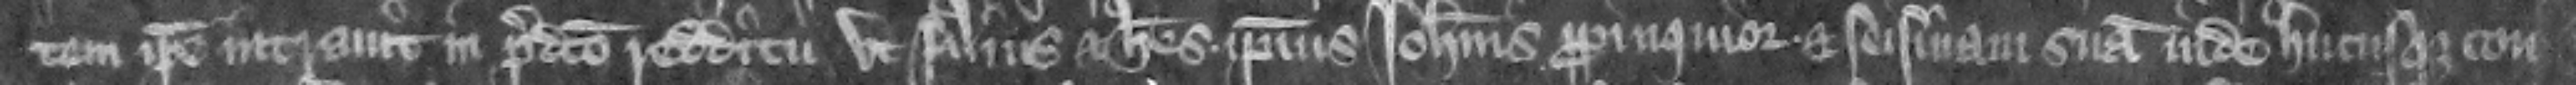
tem ipse intrauit in predicto redditu vt filius et heres ipsius Iohannis propinquior et seisinam sum inde hucusque con